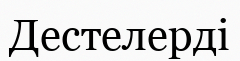
Дестелерді